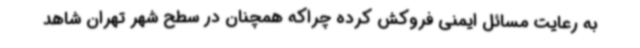
به رعایت مسائل ایمنی فروکش کرده چراکه همچنان در سطح شهر تهران شاهد